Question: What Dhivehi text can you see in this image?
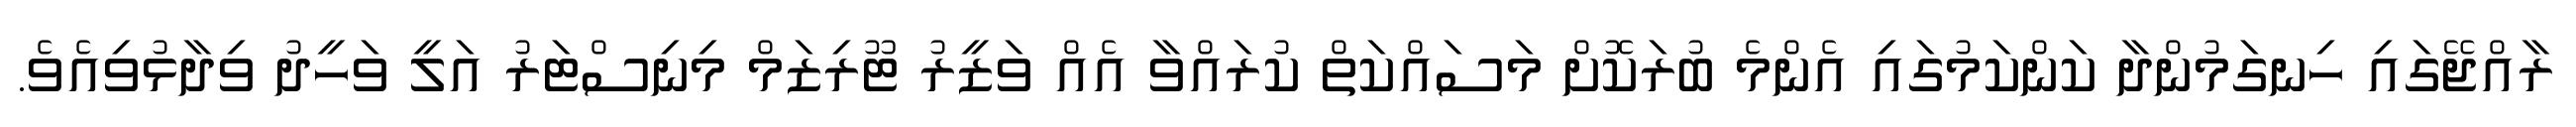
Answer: ރާއްޖޭގައި ހިނގަމުންދާ ކަންކަމުގައި އެންމެ ބުރަކޮށް މަސައްކަތް ކުރައްވާ އެއް ވަޒީރު ޓޫރިޒަމް މިނިސްޓަރު އަލީ ވަހީދު ވިދާޅުވިއެވެ.